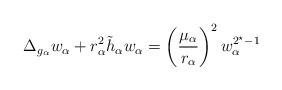
LaTeX: \begin{align*}\Delta_{g_\alpha} w_\alpha +r_\alpha^2\tilde{h}_\alpha w_\alpha=\left(\frac{\mu_\alpha}{r_\alpha}\right)^2 w_\alpha^{2^\star-1}\end{align*}